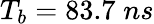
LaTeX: T_{b}=83.7\; ns